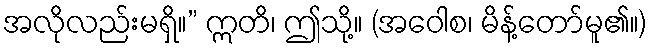
အလိုလည်းမရှိ။” ဣတိ၊ ဤသို့။ (အဝေါစ၊ မိန့်တော်မူ၏။)